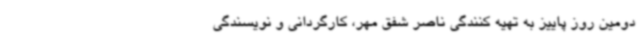
دومین روز پاییز به تهیه کنندگی ناصر شفق مهر، کارگردانی و نویسندگی